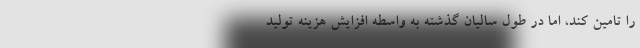
را تامین کند، اما در طول سالیان گذشته به واسطه افزایش هزینه تولید